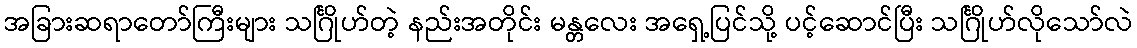
အခြားဆရာတော်ကြီးများ သင်္ဂြိုဟ်တဲ့ နည်းအတိုင်း မန္တလေး အရှေ့ပြင်သို့ ပင့်ဆောင်ပြီး သင်္ဂြိုဟ်လိုသော်လဲ